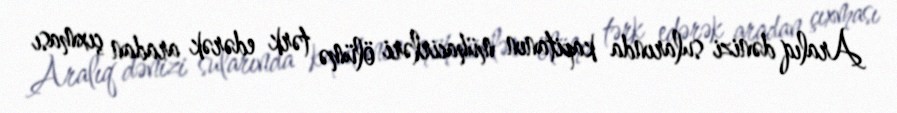
Aralıq dənizi sularında kapitanın mühacirləri ölümə tərk edərək aradan çıxması